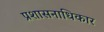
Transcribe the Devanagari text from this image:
प्रशासनाधिकार